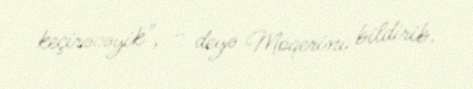
keçirəcəyik", - deyə Moqerini bildirib.